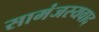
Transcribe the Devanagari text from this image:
सामंजस्यवाद